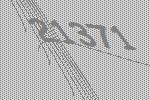
21371